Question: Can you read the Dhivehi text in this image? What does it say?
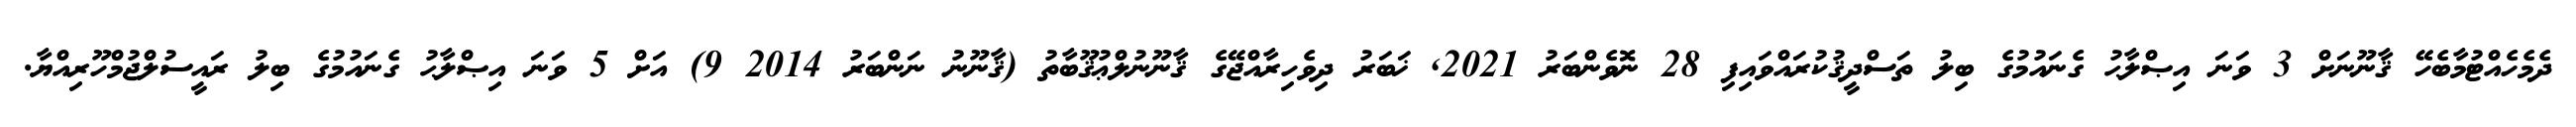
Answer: ދެމެހެއްޓުމާބެހޭ ޤާނޫނަށް 3 ވަނަ އިޞްލާޙު ގެނައުމުގެ ބިލު ތަސްދީޤުކުރައްވައިފި 28 ނޮވެންބަރު 2021, ޚަބަރު ދިވެހިރާއްޖޭގެ ޤާނޫނުލްޢުޤޫބާތު (ޤާނޫނު ނަންބަރު 2014 9) އަށް 5 ވަނަ އިޞްލާޙު ގެނައުމުގެ ބިލު ރައީސުލްޖުމްހޫރިއްޔާ.